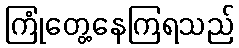
ကြုံတွေ့နေကြရသည်